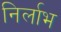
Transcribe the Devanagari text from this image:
निर्लाभ